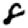
Digit: 8